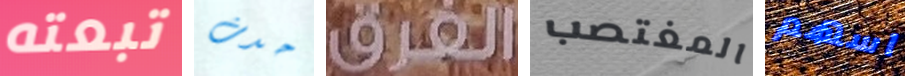
تبعته حدث الفرق المغتصب اسهم